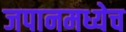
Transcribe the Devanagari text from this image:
जपानमध्येच